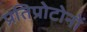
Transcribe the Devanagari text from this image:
प्रतिप्रोटोनों